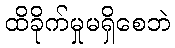
ထိခိုက်မှုမရှိစေဘဲ